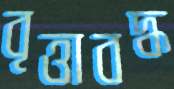
বৃত্তাবদ্ধ